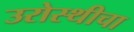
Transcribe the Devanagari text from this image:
उरोस्थीचा